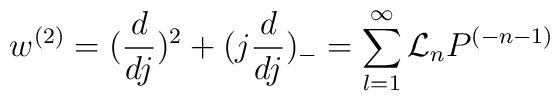
w^{(2)}=(\frac{d}{dj})^{2}+(j \frac{d}{dj})_-=\sum_{l=1}^{\infty}{\cal L}_nP^{(-n-1)}